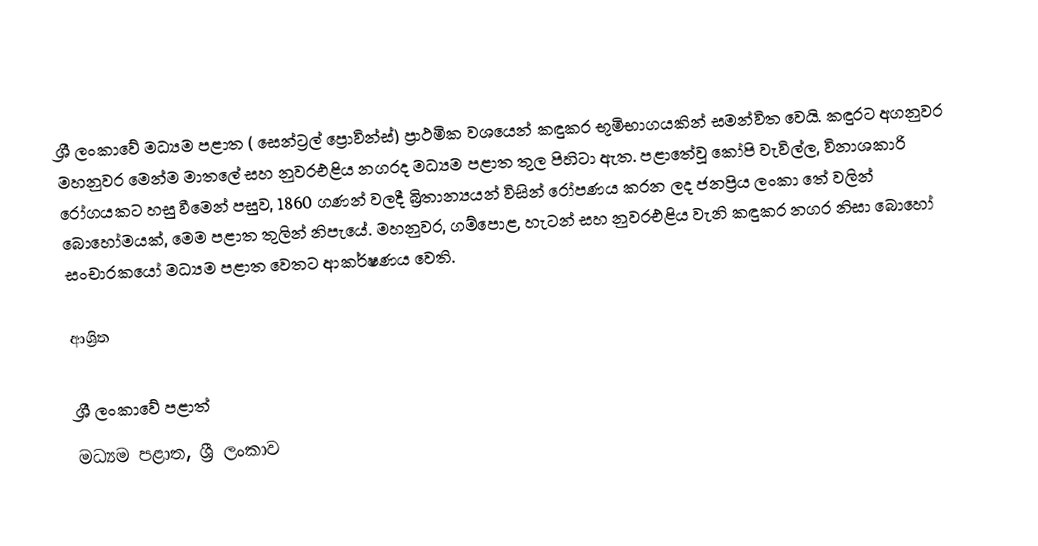
ශ්‍රී ලංකාවේ මධ්‍යම පළාත  ( සෙන්ට්‍රල් ප්‍රොවින්ස්) ප්‍රාථමික වශයෙන් කඳුකර භූමිභාගයකින් සමන්විත වෙයි. කඳුරට අගනුවර මහනුවර මෙන්ම මාතලේ සහ  නුවරඑළිය නගරද  මධ්‍යම පළාත තුල පිහිටා ඇත. පළාතේවූ කෝපි වැවිල්ල, විනාශකාරි රෝගයකට හසු වීමෙන් පසුව, 1860 ගණන් වලදී බ්‍රිතාන්‍යයන් විසින් රෝපණය කරන ලද ජනප්‍රිය ලංකා තේ වලින් බොහෝමයක්, මෙම පළාත තුලින් නිපැයේ. මහනුවර, ගම්පොළ, හැටන් සහ නුවරඑළිය වැනි කඳුකර නගර නිසා බොහෝ සංචාරකයෝ මධ්‍යම පළාත වෙතට ආකර්ෂණය වෙති.

ආශ්‍රිත

ශ්‍රී ලංකාවේ පළාත්
මධ්‍යම පළාත, ශ්‍රී ලංකාව